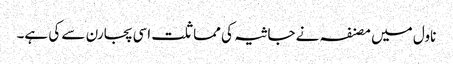
ناول میں مصنفہ نے جاثیہ کی مماثلت اسی پجارن سے کی ہے۔